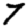
Digit: 7